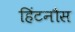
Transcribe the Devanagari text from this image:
हिंटनौस